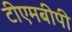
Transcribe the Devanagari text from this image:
टीएमबीपी